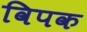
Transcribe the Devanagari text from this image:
विपक